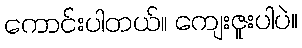
ကောင်းပါတယ်။ ကျေးဇူးပါပဲ။